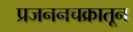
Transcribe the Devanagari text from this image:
प्रजननचक्रातून